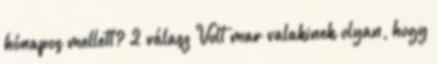
hónapos mellett? 2 válasz Volt mar valakinek olyan, hogy